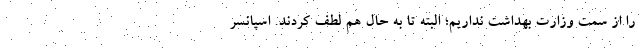
را از سمت وزارت بهداشت نداریم؛ البته تا به حال هم لطف کردند. اسپانسر